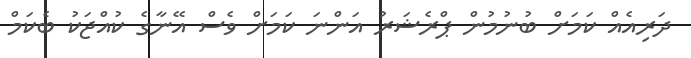
ދަރިއެއް ކަމަށް ބުނުމުން ޕްރެޝަރު އަންނަ ކަމަށް ވެސް އޭނާގެ ކުއްޖަކު ބެކަމް